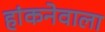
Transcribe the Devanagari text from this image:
हांकनेवाला